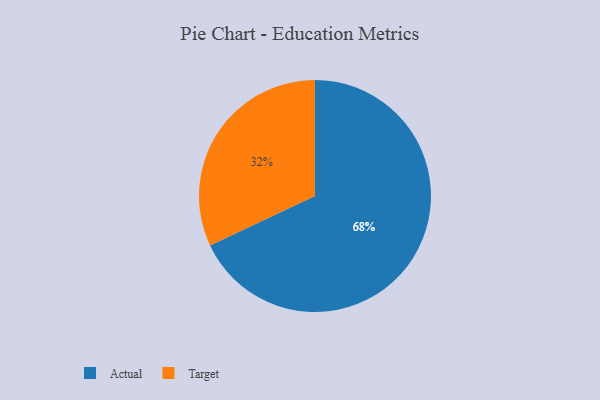
{"axis": {"x": "Category", "y": "Percentage"}, "legend": ["Actual", "Target"], "data": [{"x": "Target", "y": 32, "type": "Target"}, {"x": "Actual", "y": 68, "type": "Actual"}]}